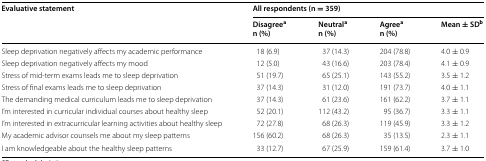
<table><thead><tr><td rowspan="2"><b>Evaluative statement</b></td><td colspan="4"><b>All respondents (n = 359)</b></td></tr><tr><td><b>Disagree<sup>a</sup>n (%)</b></td><td><b>Neutral<sup>a</sup>n (%)</b></td><td><b>Agree<sup>a</sup>n (%)</b></td><td><b>Mean ± SD<sup>b</sup></b></td></tr></thead><tbody><tr><td>Sleep deprivation negatively affects my academic performance</td><td>18 (6.9)</td><td>37 (14.3)</td><td>204 (78.8)</td><td>4.0 ± 0.9</td></tr><tr><td>Sleep deprivation negatively affects my mood</td><td>12 (5.0)</td><td>43 (16.6)</td><td>203 (78.4)</td><td>4.1 ± 0.9</td></tr><tr><td>Stress of mid-term exams leads me to sleep deprivation</td><td>51 (19.7)</td><td>65 (25.1)</td><td>143 (55.2)</td><td>3.5 ± 1.2</td></tr><tr><td>Stress of final exams leads me to sleep deprivation</td><td>37 (14.3)</td><td>31 (12.0)</td><td>191 (73.7)</td><td>4.0 ± 1.1</td></tr><tr><td>The demanding medical curriculum leads me to sleep deprivation</td><td>37 (14.3)</td><td>61 (23.6)</td><td>161 (62.2)</td><td>3.7 ± 1.1</td></tr><tr><td>I’m interested in curricular individual courses about healthy sleep</td><td>52 (20.1)</td><td>112 (43.2)</td><td>95 (36.7)</td><td>3.3 ± 1.1</td></tr><tr><td>I’m interested in extracurricular learning activities about healthy sleep</td><td>72 (27.8)</td><td>68 (26.3)</td><td>119 (45.9)</td><td>3.3 ± 1.2</td></tr><tr><td>My academic advisor counsels me about my sleep patterns</td><td>156 (60.2)</td><td>68 (26.3)</td><td>35 (13.5)</td><td>2.3 ± 1.1</td></tr><tr><td>I am knowledgeable about the healthy sleep patterns</td><td>33 (12.7)</td><td>67 (25.9)</td><td>159 (61.4)</td><td>3.7 ± 1.0</td></tr></tbody></table>